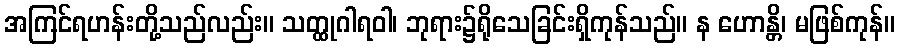
အကြင်ရဟန်းတို့သည်လည်း။ သတ္ထုဂါရဝါ၊ ဘုရား၌ရိုသေခြင်းရှိကုန်သည်။ န ဟောန္တိ၊ မဖြစ်ကုန်။